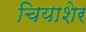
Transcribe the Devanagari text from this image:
चियाशेर